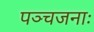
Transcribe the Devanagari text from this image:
पञ्चजनाः